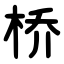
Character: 桥